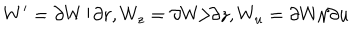
W ^ { \prime } = \partial W / \partial r , W _ { z } = \partial W / \partial z , W _ { u } = \partial W / \partial u